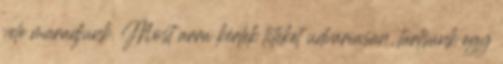
vele maradjunk. Most arra kérlek titeket udvariasan, tartsunk egy